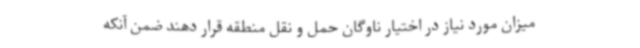
میزان مورد نیاز در اختیار ناوگان حمل و نقل منطقه قرار دهند ضمن آنکه